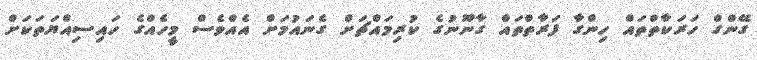
ގޭންގް ހަރަކާތްތައް ހިންގާ ފަރާތްތައް ގާނޫނުގެ ކުރިމައްޗަށް ގެނައުމަށް އެއްވެސް މީހެއްގެ ހައިސިއްޔަތަކަށް